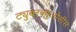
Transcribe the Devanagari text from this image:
ट्युबरक्युलोसीस